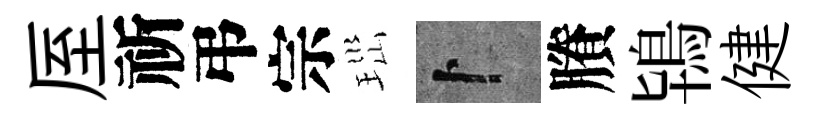
厔祈弔宗𤤼卜賸鴇健